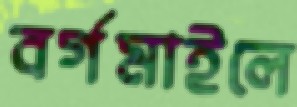
বর্গমাইলে